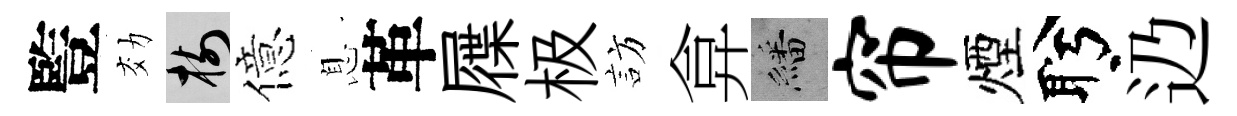
䜿効樹億息革屧极訪弇繙帘煙盻辸